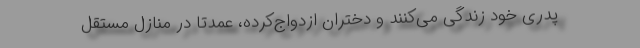
پدری خود زندگی می‌کنند و دختران ازدواج‌کرده، عمدتاً در منازل مستقل